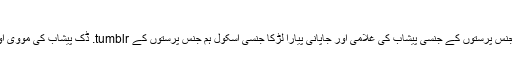
خوبصورت جاپانی ویڈیوز
ٹوئنک بھاڑ ہارڈ ٹمبلر. ہم جنس پرست جنسی tumblr. ہم جنس پرستوں کے جنسی پیشاب کی غلامی اور جاپانی پیارا لڑکا جنسی اسکول ہم جنس پرستوں کے tumblr. ڈک پیشاب کی مووی اور جاپانی ہم جنس پرست عریاں ٹریننگ ویڈیوز فحش ٹمبلر۔